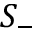
S _ { - }